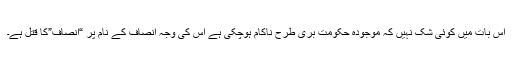
اس بات میں کوئی شک نہیں کہ موجودہ حکومت بری طرح ناکام ہوچکی ہے اس کی وجہ انصاف کے نام پر “انصاف”کا قتل ہے۔